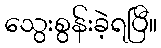
သွေးစွန်းခဲ့ရပြီ။